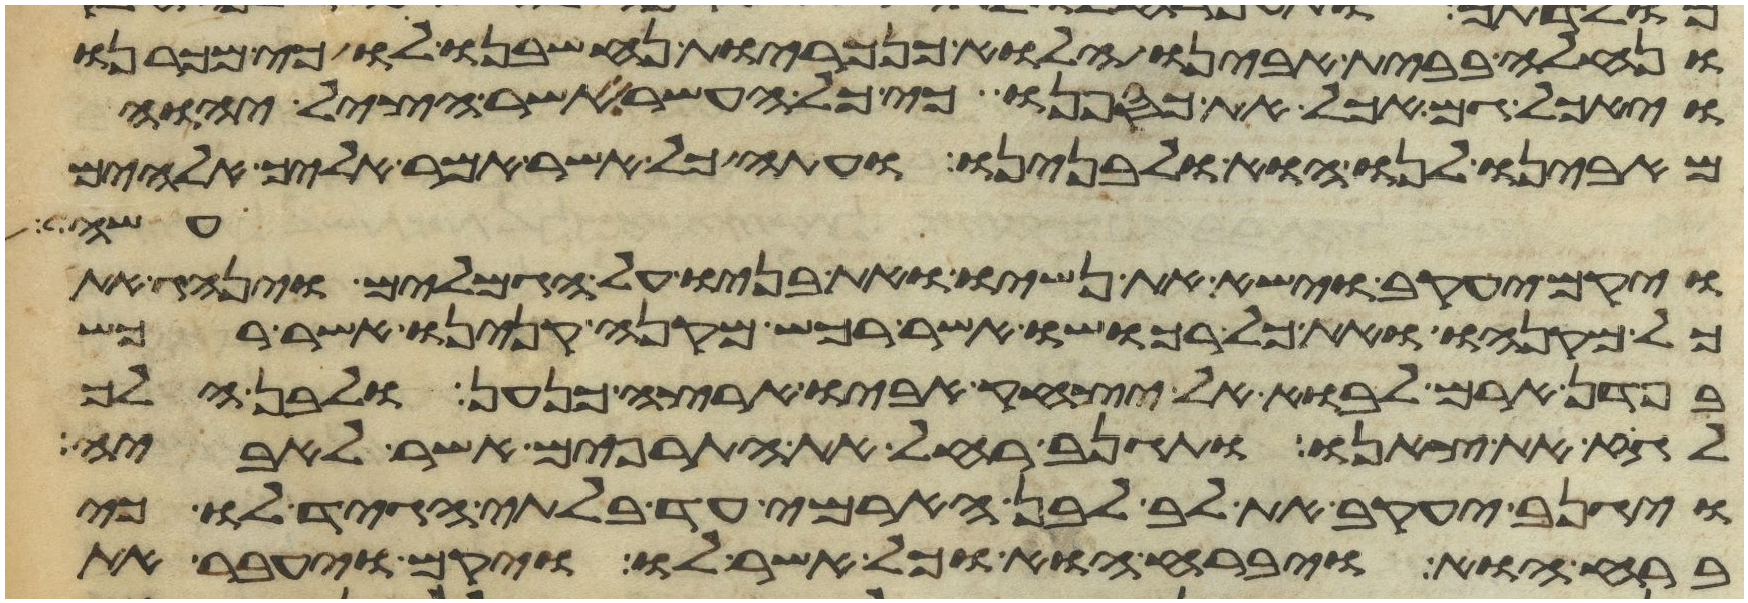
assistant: ונחלה בבית אבינו הלוא כנכריות נחשבנו לו כי מכרנו
ויאכל גם אכל את כספנו כי כל העשר אשר הציל יהוה
מאבינו לנו הוא ולבנינו ועתה כל אשר אמר אליך אלהים
עשה
ויקם יעקב וישא את נשיו ואת בניו על הגמלים וינהג את
כל מקנהו ואת כל רכושו אשר רכש מקנה קנינו אשר רכש
בפדן ארם לבוא אל יצחק אביו ארצה כנען ולבן הלך
לגוז את צאנו ותגנב רחל את התרפים אשר לאביה
ויגנב יעקב את לב לבן הארמי עד בלתי הגיד לו כי
ברח הוא ויברח הוא וכל אשר לו ויקם ויעבר את